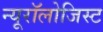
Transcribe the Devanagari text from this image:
न्यूरॉलोजिस्ट